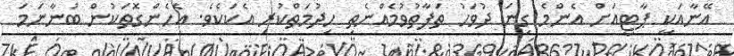
އޭނާއަކީ ޕާޓީއަށް އެންމެ ގިނަ ދުވަހު ތަފާތުވުމެއްނެތި ހިދުމަތްކުރި އެކަކެވެ. އެހެންގޮތަކުން ބުނާނަމަ